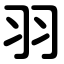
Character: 羽